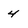
Character: 4